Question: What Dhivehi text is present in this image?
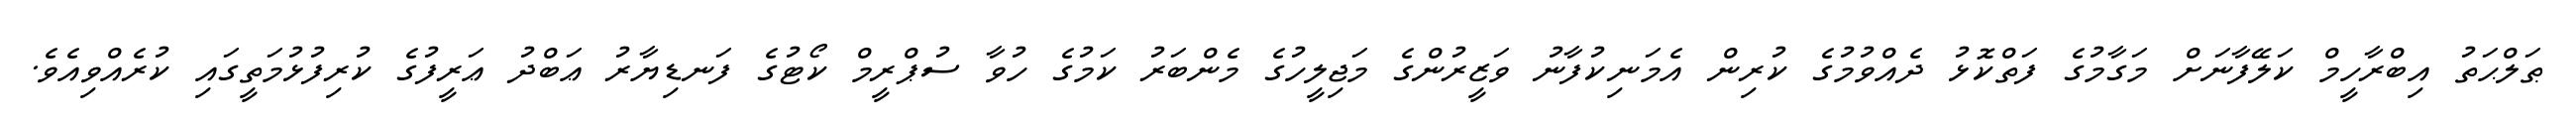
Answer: ޠަލްޙަތު އިބްރާހީމް ކަލޭފާނަށް މަގާމުގެ ފަތްކޮޅު ދެއްވުމުގެ ކުރިން އެމަނިކުފާނު ވަޒީރުންގެ މަޖިލީހުގެ މެންބަރު ކަމުގެ ހުވާ ސުޕްރީމް ކޯޓުގެ ފަނޑިޔާރު ޢަބްދު ޢަރީފުގެ ކުރިފުޅުމަތީގައި ކުރެއްވިއެވެ.